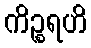
ကိဉ္စရဟိ